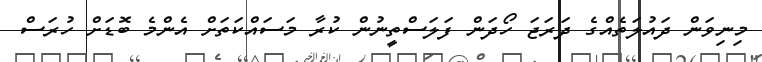
މިނިވަން ދައުލަތެއްގެ ދަރަޖަ ހޯދަން ފަލަސްތީނުން ކުރާ މަސައްކަތަށް އެންމެ ބޮޑަށް ހުރަސް